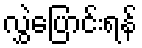
လွှဲပြောင်းရန်